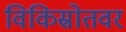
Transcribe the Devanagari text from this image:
विकिस्रोतवर